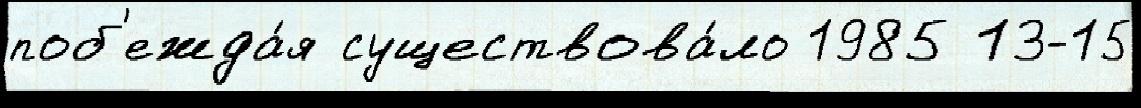
поб'ежда́я существова́ло 1985 13-15